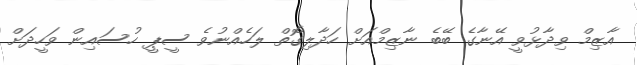
އާޒިމް ވިދާޅުވީ އޭނާގެ ބޭބެ ނާޒިމްއަށް ހަދާލިގޮތް ލަހެއްނުވެ ސީޕީ ހުސައިން ވަހީދަށް